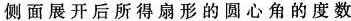
侧面展开后所得扇形的圆心角的度数